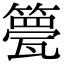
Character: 䉚